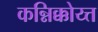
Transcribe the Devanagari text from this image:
कन्निक्कोय्त्त